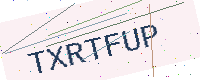
Text: TXRTFUP